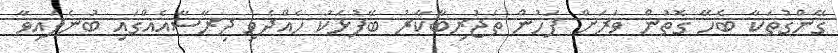
ގޭންގުތަކާ ބެހޭ ގޮތުން ވަރަށް ފަހުން ތަޖުރިބާކާރު ބޭފުޅަކު ހެއްދެވި ދިރާސާއެއްގައި ބުނެފައިވާ